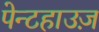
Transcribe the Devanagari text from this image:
पेन्टहाउज़